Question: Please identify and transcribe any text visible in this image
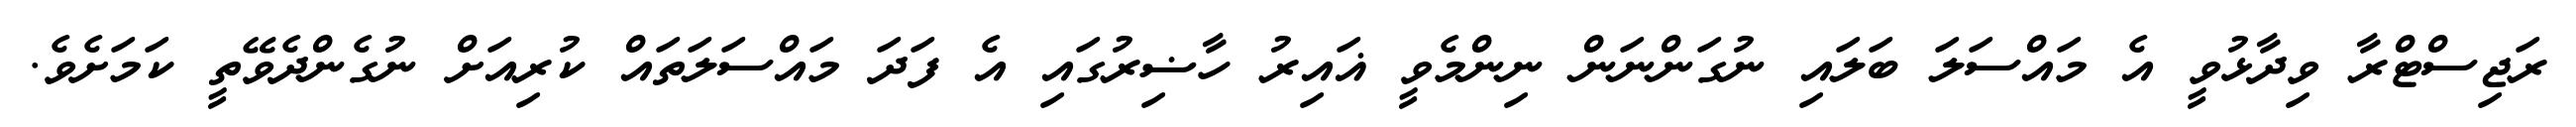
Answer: ރަޖިސްޓްރާ ވިދާޅުވީ އެ މައްސަލަ ބަލައި ނުގަންނަން ނިންމެވީ ޣައިރު ހާޟިރުގައި އެ ފަދަ މައްސަލަތައް ކުރިއަށް ނުގެންދެވޭތީ ކަމަށެވެ.